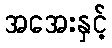
အအေးနှင့်